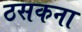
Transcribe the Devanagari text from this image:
ठसकना